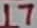
Text: 17